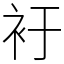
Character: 衧